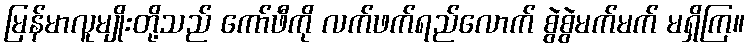
မြန်မာလူမျိုးတို့သည် ကော်ဖီကို လက်ဖက်ရည်လောက် စွဲစွဲမက်မက် မရှိကြ။